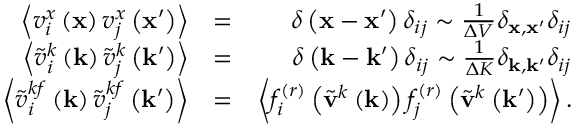
\begin{array} { r l r } { \left\langle v _ { i } ^ { x } \left( \mathbf { x } \right) v _ { j } ^ { x } \left( \mathbf { x } ^ { \prime } \right) \right\rangle } & { = } & { \delta \left( \mathbf { x } - \mathbf { x } ^ { \prime } \right) \delta _ { i j } \sim \frac { 1 } { \Delta V } \delta _ { \mathbf { x } , \mathbf { x } ^ { \prime } } \delta _ { i j } } \\ { \left\langle \tilde { v } _ { i } ^ { k } \left( \mathbf { k } \right) \tilde { v } _ { j } ^ { k } \left( \mathbf { k } ^ { \prime } \right) \right\rangle } & { = } & { \delta \left( \mathbf { k } - \mathbf { k } ^ { \prime } \right) \delta _ { i j } \sim \frac { 1 } { \Delta K } \delta _ { \mathbf { k } , \mathbf { k } ^ { \prime } } \delta _ { i j } } \\ { \left\langle \tilde { v } _ { i } ^ { k f } \left( \mathbf { k } \right) \tilde { v } _ { j } ^ { k f } \left( \mathbf { k } ^ { \prime } \right) \right\rangle } & { = } & { \left\langle f _ { i } ^ { ( r ) } \left( \tilde { \mathbf { v } } ^ { k } \left( \mathbf { k } \right) \right) f _ { j } ^ { ( r ) } \left( \tilde { \mathbf { v } } ^ { k } \left( \mathbf { k } ^ { \prime } \right) \right) \right\rangle . } \end{array}